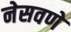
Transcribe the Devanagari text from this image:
नेसवणे